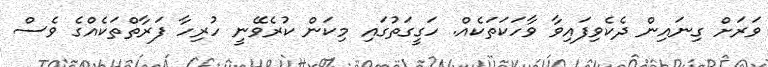
ވަރަށް ގިނައިން ދެކެވިފައިވާ ވާހަކަތަކެއް. ހަގީގަތުގައި މިކަން ކުރެވޭނީ ހުރިހާ ފަރާތްތަކެއްގެ ވެސް